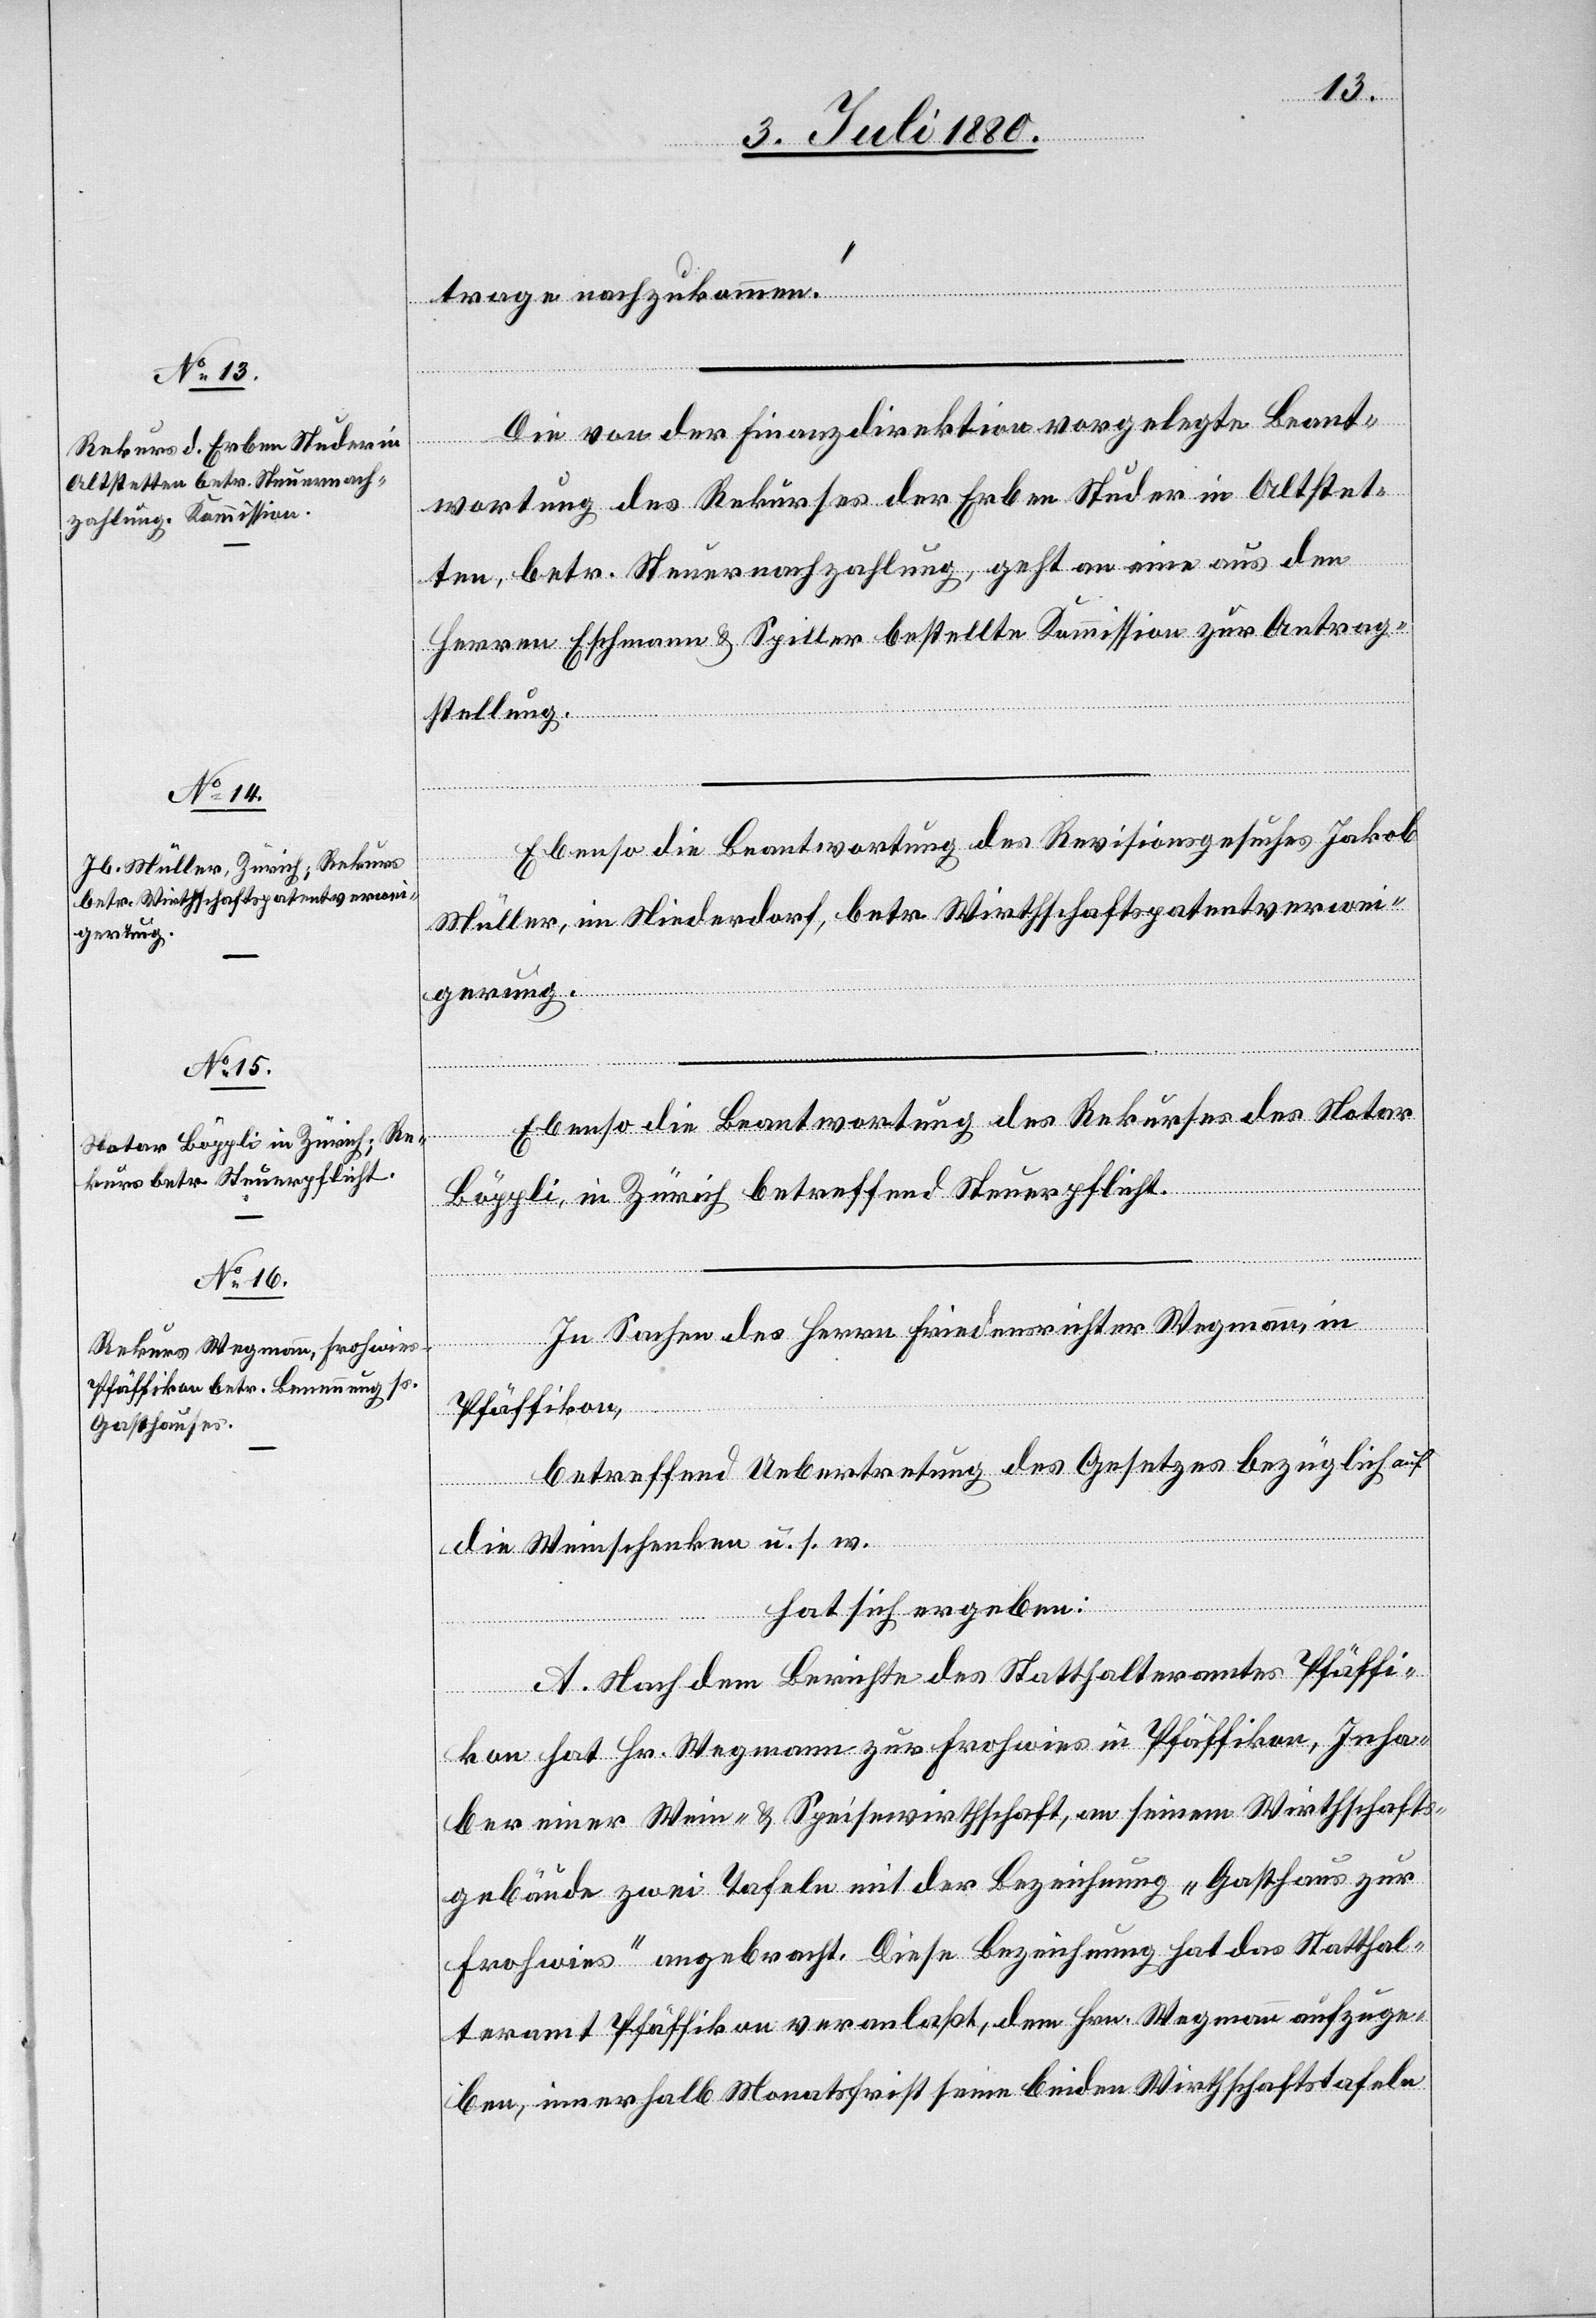
trage nachzukommen.“
Die von der Finanzdirektion vorgelegte Beant¬
wortung des Rekurses der Erben Studer in Altstet¬
ten, betr. Steuernachzahlung, geht an eine aus den
Herren Eschmann & Spiller bestellte Komission zur Antrag¬
stellung.
RRB
Ebenso die Beantwortung des Revisionsgesuches Jakob
Müller, im Niederdorf, betr. Wirthschaftspatentverwei¬
gerung.
Ebenso die Beantwortung des Rekurses des Notar
Böppli in Zürich betreffend Steuerpflicht.
In Sachen des Herrn Friedensrichter Wegmann, in
Pfäffikon,
betreffend Uebertretung des Gesetzes bezüglich auf
die Weinschenken u. s. w.
hat sich ergeben:
A. Nach dem Berichte des Statthalteramtes Pfäffi¬
kon hat Hr. Wegmann zur Frohwies in Pfäffikon, Inha¬
ber einer Wein- & Speisewirthschaft, an seinem Wirthschaft¬
gebäude zwei Tafeln mit der Bezeichnung „Gasthaus zur
Frohwies“ angebracht. Diese Bezeichnung hat das Statthal¬
teramt Pfäffikon veranlaßt, dem Hrn. Wegmann aufzuge¬
ben, innerhalb Monatsfrist seine beiden Wirthschaftstafeln